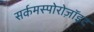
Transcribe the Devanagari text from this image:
सर्कमस्पोरोज़ॉइट